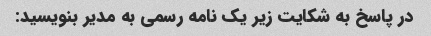
در پاسخ به شکایت زیر یک نامه رسمی به مدیر بنویسید: